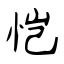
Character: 恺